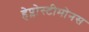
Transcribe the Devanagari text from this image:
हेप्लोस्टीमोनस